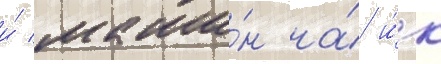
и́ маши́н на́ и́х